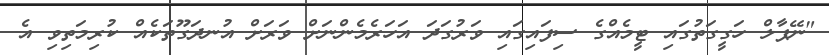
"ނޭޕާލް ހަގީގަތުގައި ޓީމެއްގެ ސިފައިގައި ވަރުގަދަ އަހަރެމެންނަށް ވަރަށް އުނދަގޫތަކެއް ކުރިމަތިވި އެ